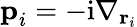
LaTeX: \textbf{p}_{i}=-\mathrm{i}\nabla_{\mathbf{r}_{i}}